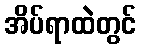
အိပ်ရာထဲတွင်